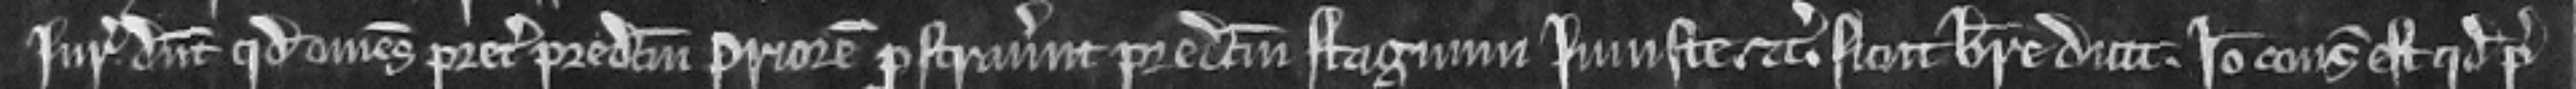
Juratores dicunt quod omnes preter predictum Priorem prostraverunt predictum stagnum injuste etc. sicut breve dicit. Ideo consideratum est quod pre